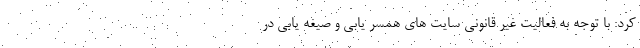
کرد: با توجه به فعالیت غیر قانونی سایت های همسر یابی و صیغه یابی در